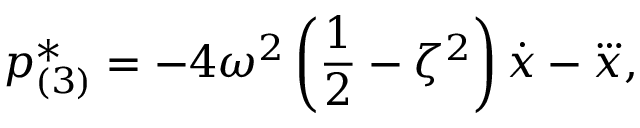
{ p } _ { ( 3 ) } ^ { * } = - 4 \omega ^ { 2 } \left( \frac { 1 } { 2 } - \zeta ^ { 2 } \right) \dot { x } - \dddot { x } ,